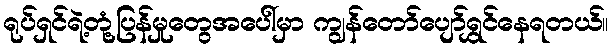
ရုပ်ရှင်ရဲ့တုံ့ပြန်မှုတွေအပေါ်မှာ ကျွန်တော်ပျော်ရွှင်နေရတယ်။